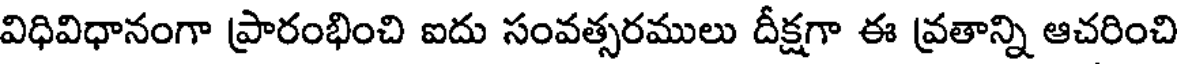
విధివిధానంగా ప్రారంభించి ఐదు సంవత్సరములు దీక్షగా ఈ వ్రతాన్ని ఆచరించి